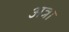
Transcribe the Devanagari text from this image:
अत्रा